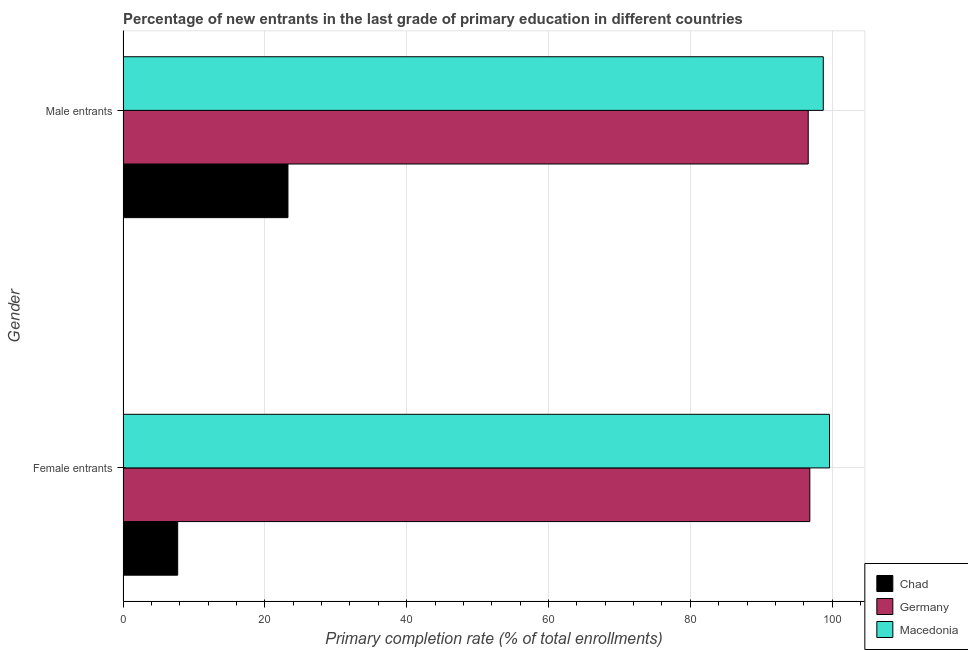
| Gender | Chad | Germany | Macedonia |
 | --- | --- | --- | --- |
 | Female entrants | 7.71 | 96.8 | 99.6 |
 | Male entrants | 23.3 | 96.6 | 98.7 |